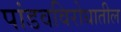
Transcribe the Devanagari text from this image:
पांडवविरोधातील